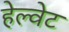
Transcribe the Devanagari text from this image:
हेल्वेट